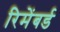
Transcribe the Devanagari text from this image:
रिमेंबर्ड